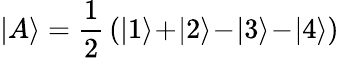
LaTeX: |A\rangle=\frac{1}{2}\, (|1\rangle\! +\! |2\rangle\! -\! |3\rangle\! -\! |4\rangle)